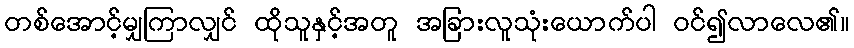
တစ်အောင့်မျှကြာလျှင် ထိုသူနှင့်အတူ အခြားလူသုံးယောက်ပါ ဝင်၍လာလေ၏။